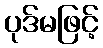
ပုဒ်မဖြင့်